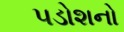
પડોશનો